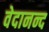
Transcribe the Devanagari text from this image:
वेदानन्द